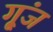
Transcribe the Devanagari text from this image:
गू्ंज